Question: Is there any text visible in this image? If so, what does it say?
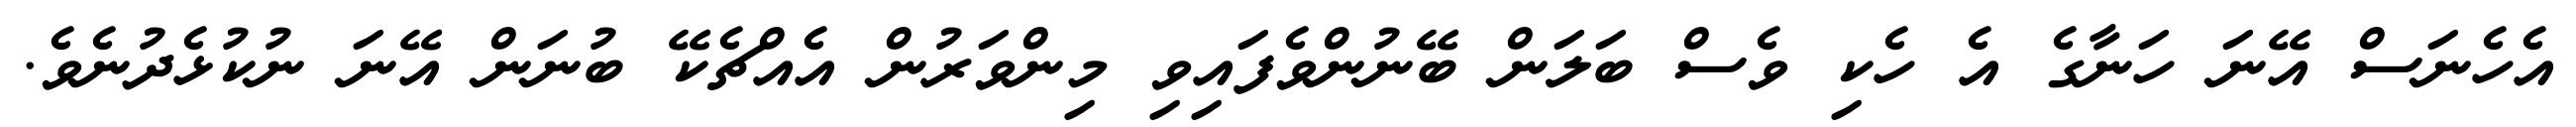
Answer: އެހެނަސް އޭނަ ހަނާގެ އެ ހެކި ވެސް ބަލަން ބޭނުންވެފައިވި މިންވަރުން އެއްޗެކޭ ބުނަން އޭނަ ނުކުޅެދުނެވެ.